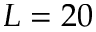
L = 2 0